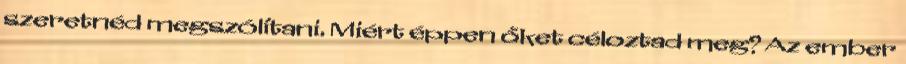
szeretnéd megszólítani. Miért éppen őket céloztad meg? Az ember